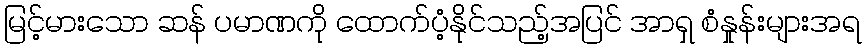
မြင့်မားသော ဆန် ပမာဏကို ထောက်ပံ့နိုင်သည့်အပြင် အာရှ စံနှုန်းများအရ